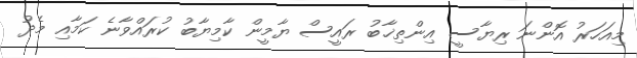
މިއަހަރު އޮންނަ ރިޔާސީ އިންތިޚާބު ރައީސް ޔާމީން ކާމިޔާބު ކުރައްވާނެ ކަމާއި މެދު